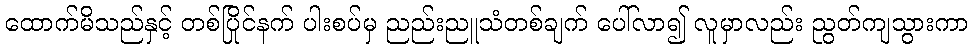
ထောက်မိသည်နှင့် တစ်ပြိုင်နက် ပါးစပ်မှ ညည်းညူသံတစ်ချက် ပေါ်လာ၍ လူမှာလည်း ညွတ်ကျသွားကာ